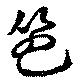
笆